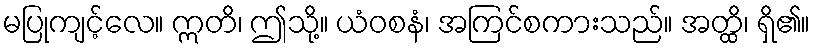
မပြုကျင့်လေ။ ဣတိ၊ ဤသို့။ ယံဝစနံ၊ အကြင်စကားသည်။ အတ္ထိ၊ ရှိ၏။